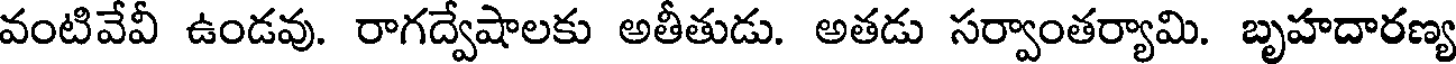
వంటివేవీ ఉండవు. రాగద్వేషాలకు అతీతుడు. అతడు సర్వాంతర్యామి. బృహదారణ్య